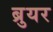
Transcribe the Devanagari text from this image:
ब्रुयर